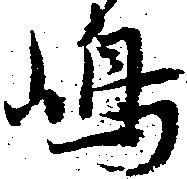
嶋